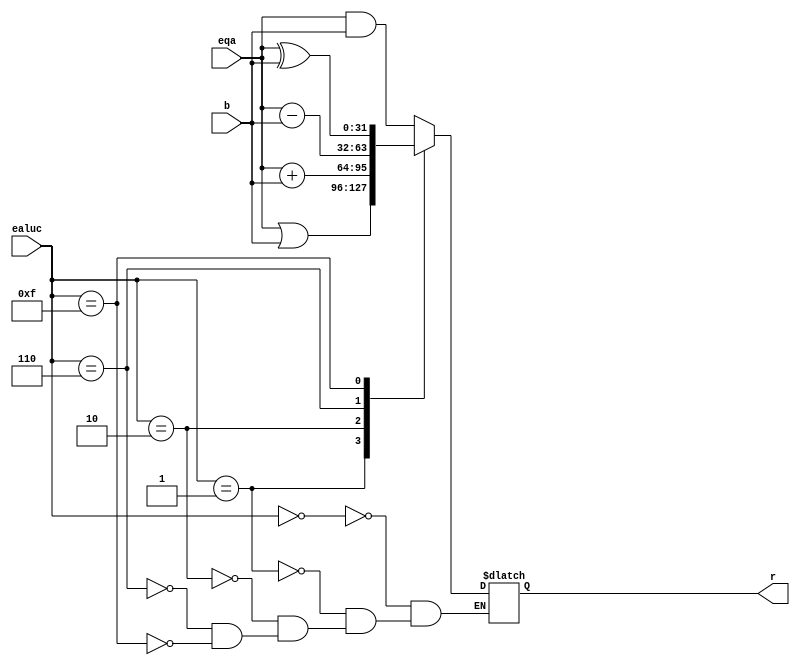
`timescale 1ns / 1ps
//////////////////////////////////////////////////////////////////////////////////
// Company: 
// Engineer: 
// 
// Design Name: 
// Module Name: alu
// Project Name: 
// Target Devices: 
// Tool Versions: 
// Description: 
// 
// Dependencies: 
// 
// Revision:
// Revision 0.01 - File Created
// Additional Comments:
// 
//////////////////////////////////////////////////////////////////////////////////


module alu(
    input [31:0] eqa,
    input [31:0] b,
    input [3:0] ealuc,
    output reg [31:0] r
    );
    parameter AND = 4'b0000,
              OR =  4'b0001,   
              ADD = 4'b0010,   
              SUB = 4'b0110,   
              SLT = 4'b0111,   
              NOR = 4'b1100,
              XOR = 4'b1111;   
  always @(*) begin
    case(ealuc)
        AND:  r<= eqa & b;     
        OR:   r<= eqa | b;
        ADD:  r<= eqa + b;      
        SUB:  r<= eqa - b;   
        XOR:  r<= eqa ^ b; //added in final
         endcase
      end
endmodule